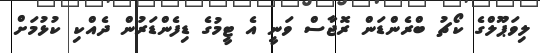
ލިވަޕޫލްގެ ކޯޗު ބްރެންޑަން ރޮޖާސް ވަނީ އެ ޓީމުގެ ޑިފެންޑަރުން ދެއްކި ކުޅުމަށް